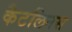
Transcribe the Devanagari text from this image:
कैटलिनस